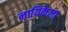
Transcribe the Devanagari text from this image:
नायिकेला